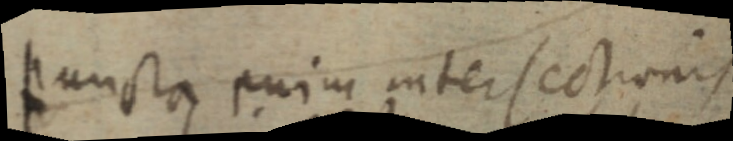
puncta cuius intersectionis